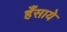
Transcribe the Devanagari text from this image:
हँसाये